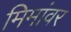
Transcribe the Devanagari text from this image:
मिमांवर